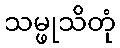
သမ္ဖုသိတုံ